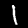
Digit: 1